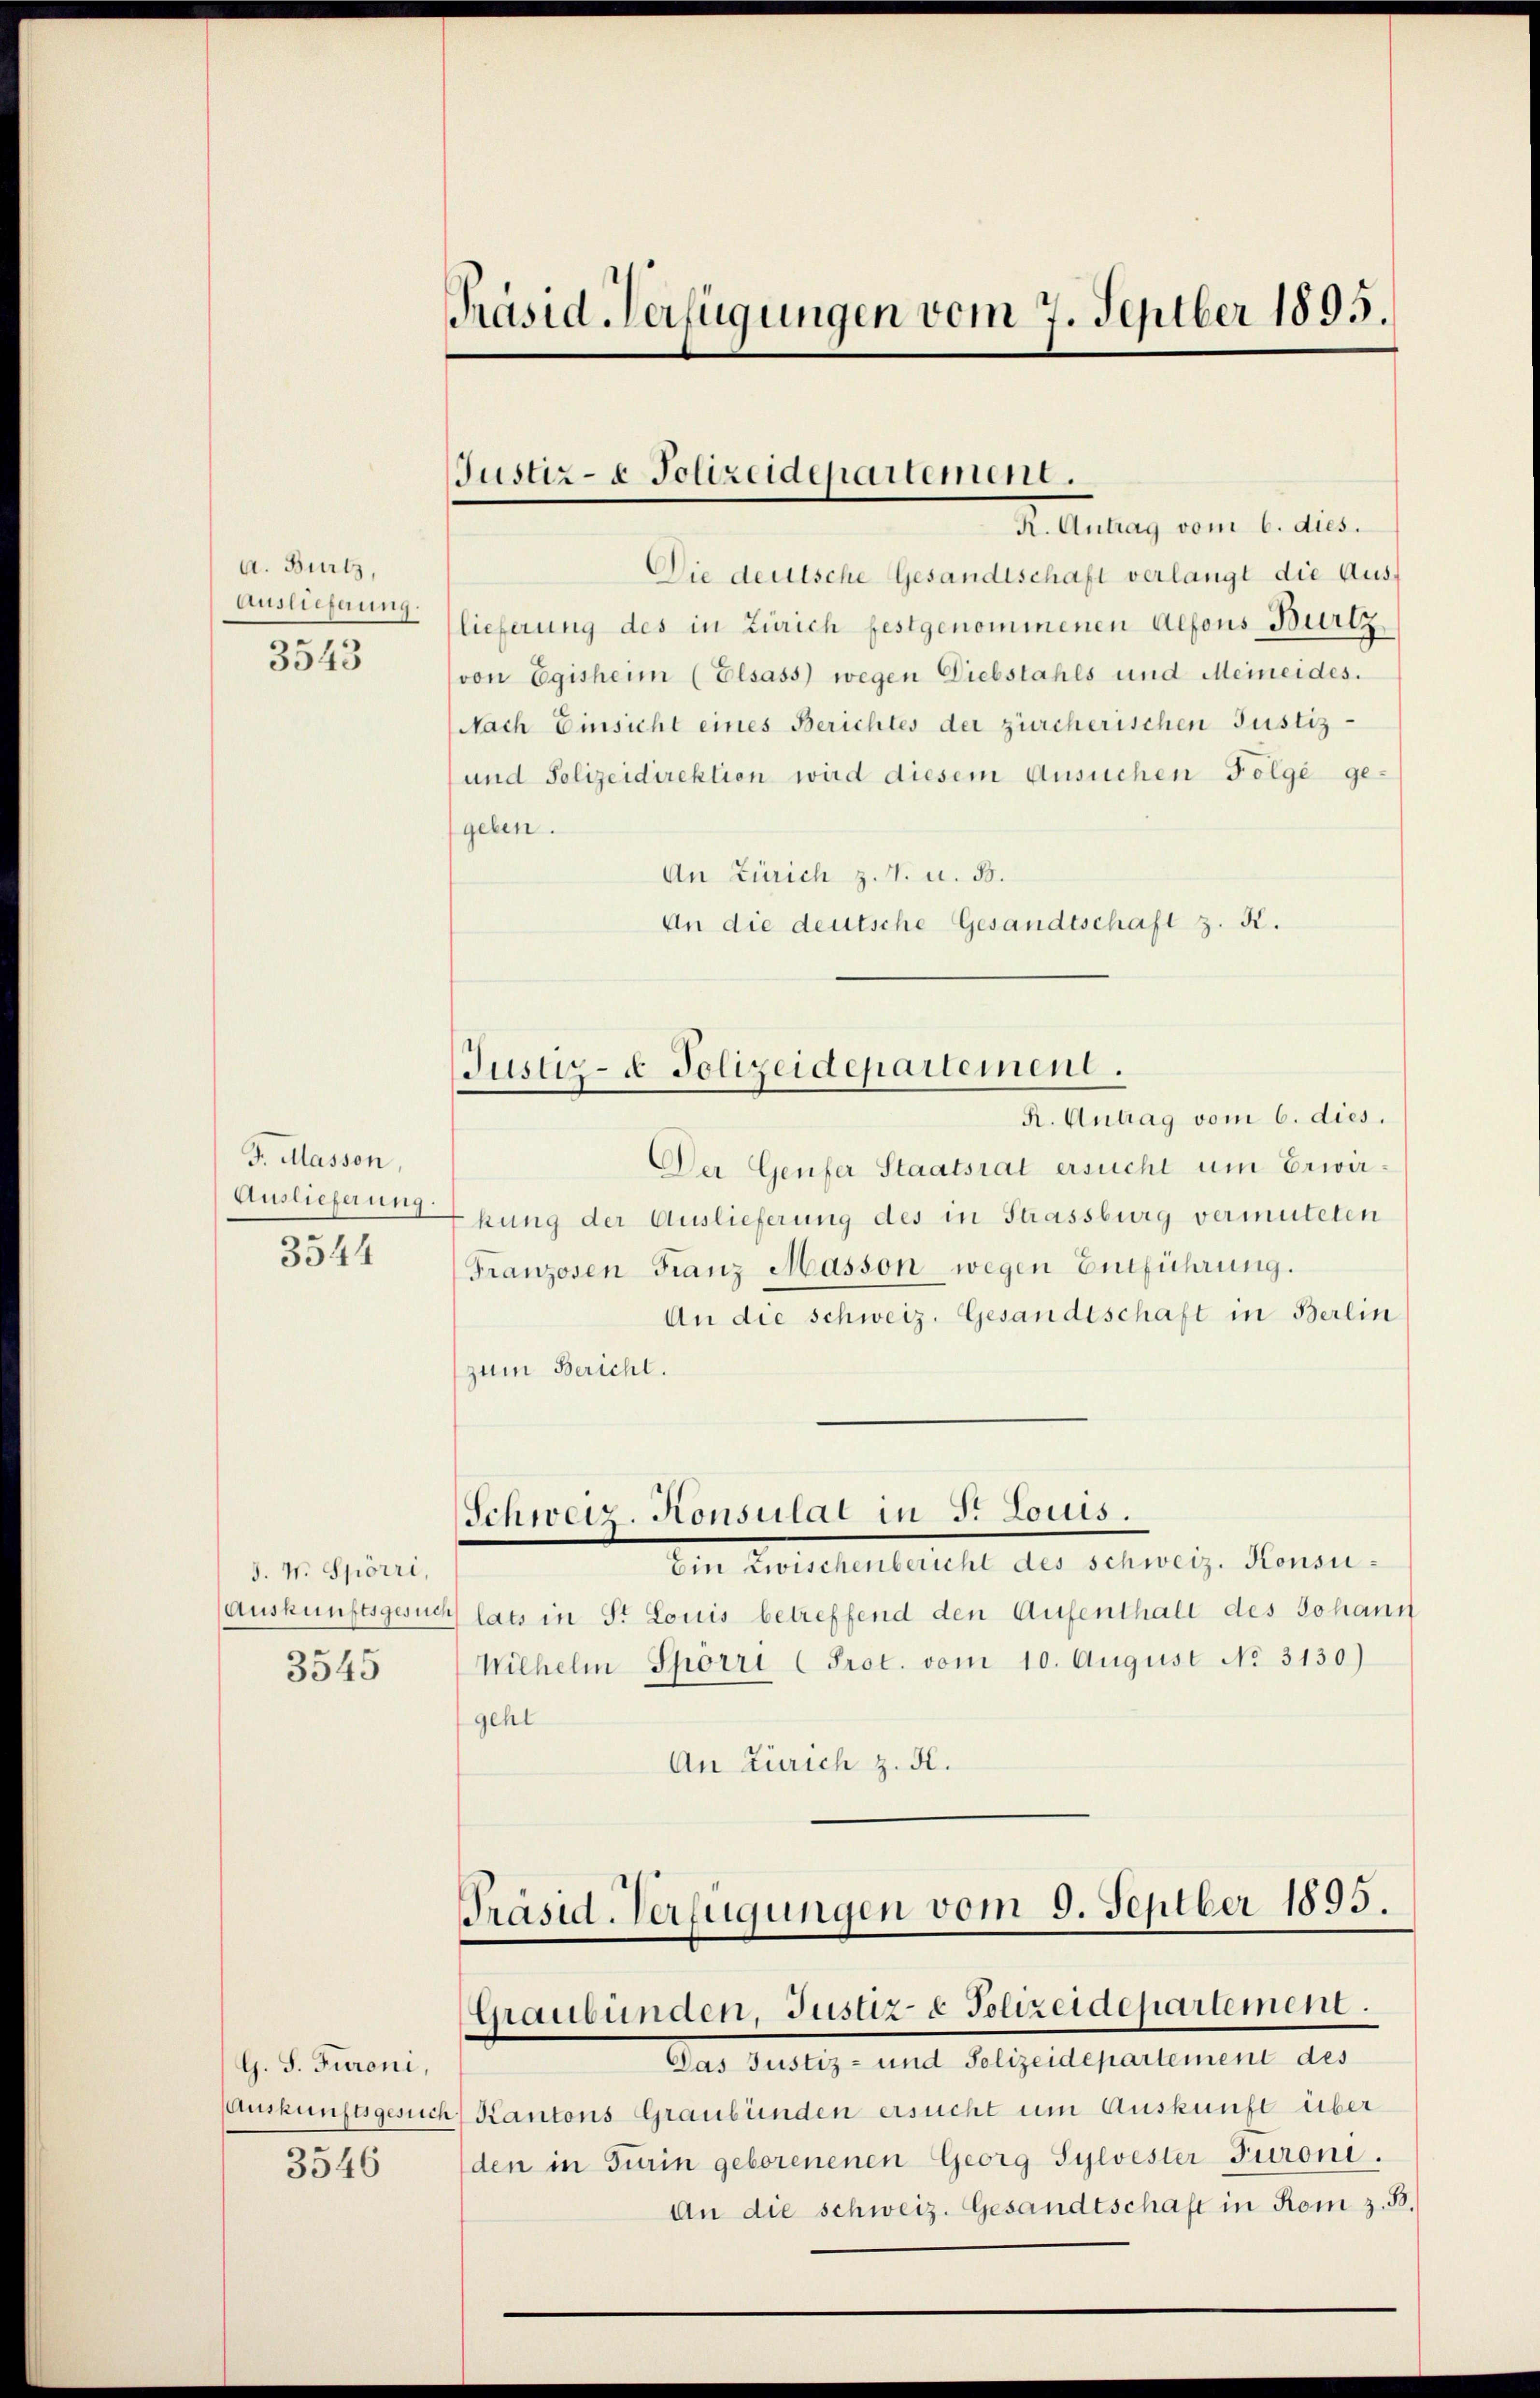
A. Burtz,
Auslieferung.
3543

F. Massen,
3544

3. W. Spörri,
3545

G. S. Furoni,
3546

Präsid-Verfügungen vom 7. Septber 1895.

Die deutsche Gesandtschaft verlangt die Aus-
lieferung des in Zürich festgenommenen Alfons Burtz
(von Egisheim (Elsass) wegen Diebstahls und Meineides.
(Nach Einsicht eines Berichtes der zürcherischen Justiz-
und Polizeidirektion wird diesem Ansuchen Folge gegeben.
An Zürich z. B. u. B.
An die deutsche Gesandtschaft z. K.

Der Genfer Staatsrat ersucht um Erwir¬
Auslieferung gung der Auslieferung des in Strassburg vermuteten
Franzosen Franz Masson wegen Entführung.
An die schweiz. Gesandtschaft in Berlin
zum Bericht.
Schweiz Konsulat in Fr. Louis.
Ein Zwischenbericht des Schweiz. Konsu¬
(Auskunftsgesuch lats in St. Louis betreffend den Aufenthalt des Johann
Wilhelm Spörri (Prot. vom 10. August No 3130)
gehl
An Zürich z. H.

Justiz- & Polizeidepartement.
I. Antrag vom 6. dies

Justiz- & Polizeidepartement.
R. Antrag vom 6. dies.

Präsid-Verfügungen vom 9. Septber 1895.
Graubünden, Justiz- & Polizeidepartement.

Das Justiz- und Polizeidepartement des
Auskunftsgesuch, Kantons Graubünden ersucht um Auskunft über
den in Turin geborenenen Georg Sylvester Turoni.
An die schweiz. Gesandtschaft in Rom z. B.